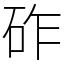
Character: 砟